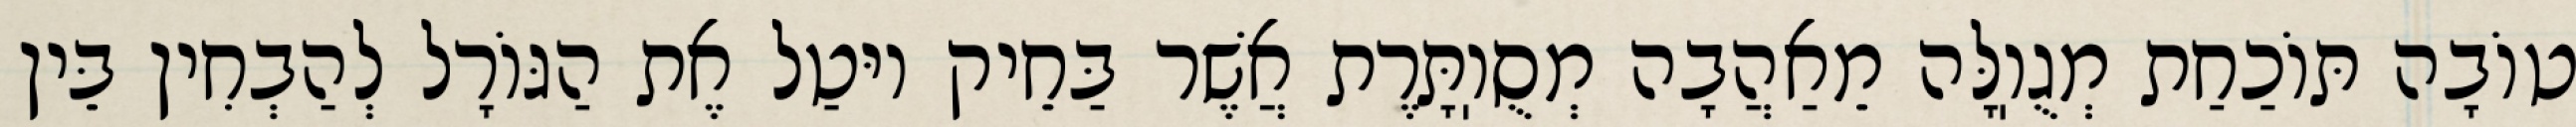
טוֹבָה תּוֹכַחַת מְגֻוֽלָּה מֵאַהֲבָה מְסֻוֽתָּרֶת אֲשֶׁר בַּחֵיק יוּטַל אֶת הַגּוֹרָל לְהַבְחִין בֵּין